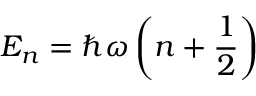
E _ { n } = \hbar \omega \left( n + { \frac { 1 } { 2 } } \right)